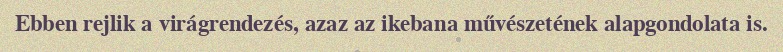
Ebben rejlik a virágrendezés, azaz az ikebana művészetének alapgondolata is.